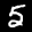
Digit: 5